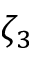
\zeta _ { 3 }